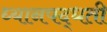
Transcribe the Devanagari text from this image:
ध्यानपद्धती